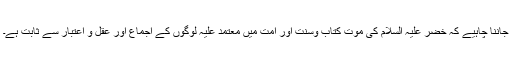
جاننا چاہیے کہ خضر علیہ السلام کی موت کتاب وسنت اور امت میں معتمد علیہ لوگوں کے اجماع اور عقل و اعتبار سے ثابت ہے۔